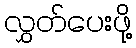
လွှတ်ပေးဖို့